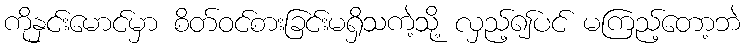
ကိုနှင်းမောင်မှာ စိတ်ဝင်စားခြင်းမရှိသကဲ့သို့ လှည့်၍ပင် မကြည့်တော့ဘဲ